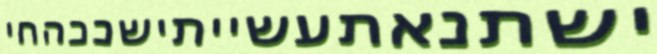
ישתנאתעשייתישככהחי